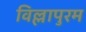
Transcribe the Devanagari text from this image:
विल्लापुरम